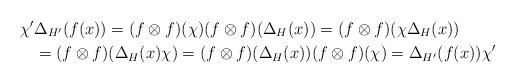
LaTeX: \begin{align*}\chi'&\Delta_{H'}(f(x))=(f\otimes f)(\chi)(f\otimes f)(\Delta_H(x))=(f\otimes f)(\chi\Delta_H(x))\\&=(f\otimes f)(\Delta_H(x)\chi)=(f\otimes f)(\Delta_H(x))(f\otimes f)(\chi)=\Delta_{H'}(f(x))\chi'\end{align*}